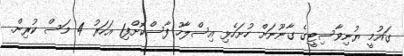
ގައުމީ ޔުނިވާސިޓީގެ ގާނޫނަށް ހުށަހެޅި އިސްލާހު ފާސްކޮށްފި1 އަހަރު 4 މަސް ކުރިން.